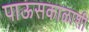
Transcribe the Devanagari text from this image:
पाऊसकाळाशी